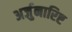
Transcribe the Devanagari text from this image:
अर्जुनारिष्ट